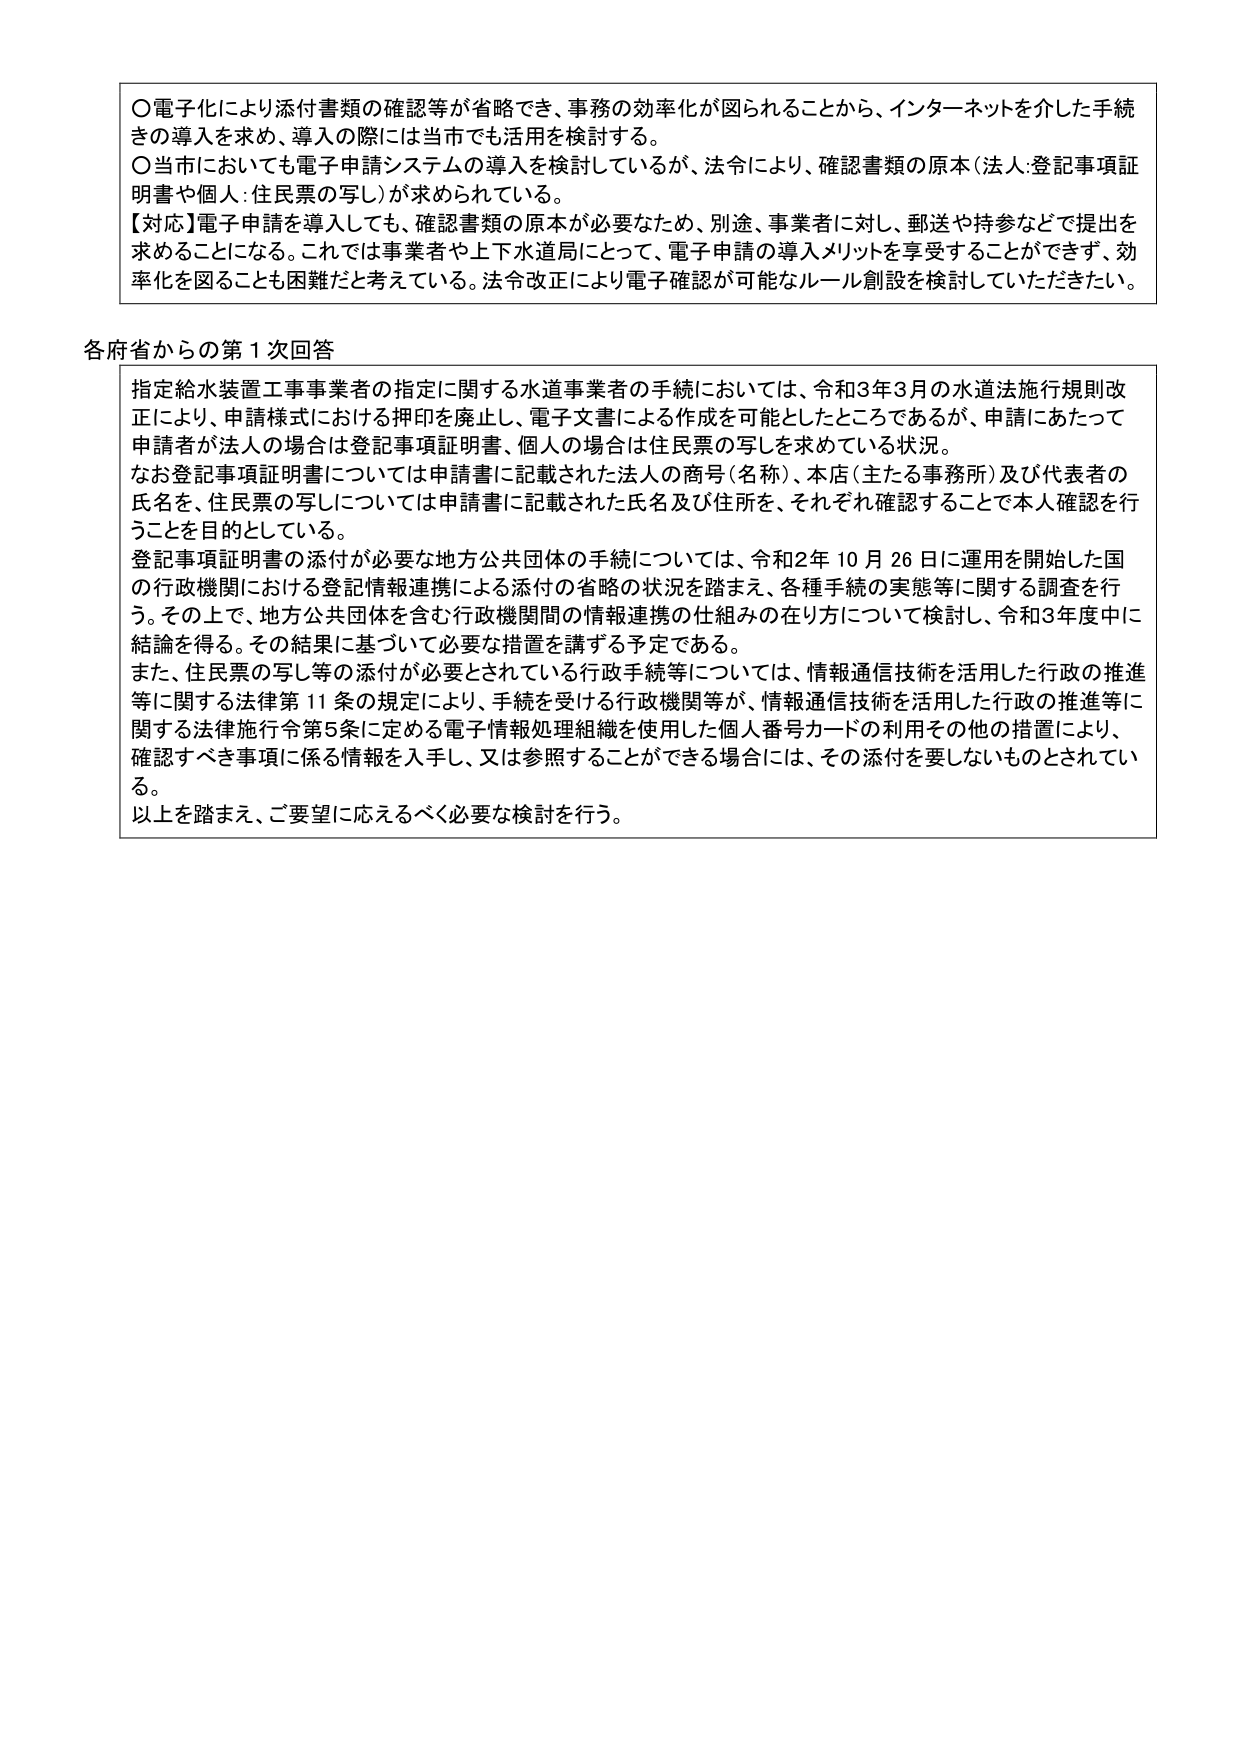
〇電子化により添付書類の確認等が省略でき、事務の効率化が図られることから、インターネットを介した手続きの導入を求め、導入の際には当市でも活用を検討する。
〇当市においても電子申請システムの導入を検討しているが、法令により、確認書類の原本（法人：登記事項証明書や個人：住民票の写し）が求められている。
【対応】電子申請を導入しても、確認書類の原本が必要なため、別途、事業者に対し、郵送や持参などで提出を求めることになる。これでは事業者や上下水道局にとって、電子申請の導入メリットを享受することができず、効率化を図ることも困難だと考えている。法令改正により電子確認が可能なルール創設を検討していただきたい。

各府省からの第１次回答
指定給水装置工事事業者の指定に関する水道事業者の手続においては、令和３年３月の水道法施行規則改正により、申請様式における押印を廃止し、電子文書による作成を可能としたところであるが、申請にあたって申請者が求め、法人の場合は登記事項証明書、個人の場合は住民票の写しを求めている状況。
なお登記事項証明書については申請書に記載された法人の商号（名称）、本店（主たる事務所）及び代表者の氏名を、住民票の写しについては申請書に記載された氏名及び住所を、それぞれ確認することで本人確認を行うことを目的としている。
登記事項証明書の添付が必要な地方公共団体の手続については、令和２年１０月２６日に運用を開始した国の行政機関における登記情報連携による添付の省略の状況を踏まえ、各種手続の実態等に関する調査を行う。その上で、地方公共団体を含む行政機関間の情報連携の仕組みの在り方について検討し、令和３年度中に結論を得る。その結果に基づいて必要な措置を講ずる予定である。
また、住民票の写し等の添付が必要とされている行政手続等については、情報通信技術を活用した行政の推進等に関する法律第11条の規定により、手続を受ける行政機関等が、情報通信技術を活用した行政の推進等に関する法律施行令第5条に定める電子情報処理組織を使用した個人番号カードの利用その他の措置により、確認すべき事項に係る情報を入手し、又は参照することができる場合には、その添付を要しないものとされている。
以上を踏まえ、ご要望に応えるべく必要な検討を行う。